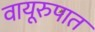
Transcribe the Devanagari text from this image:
वायूरुपात